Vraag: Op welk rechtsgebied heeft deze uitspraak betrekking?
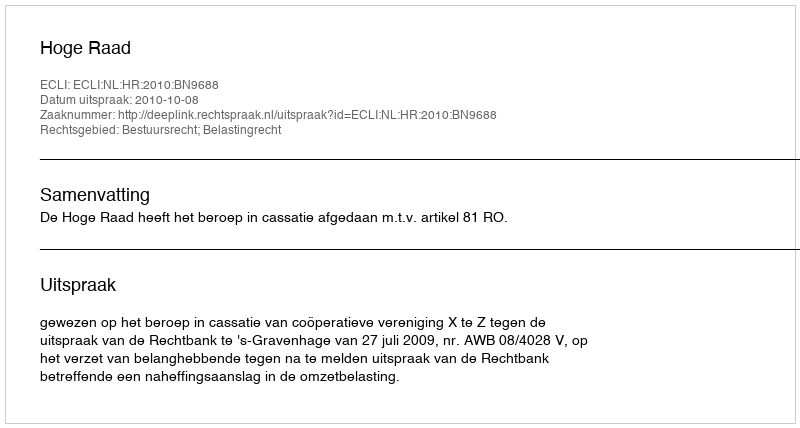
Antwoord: Bestuursrecht; Belastingrecht